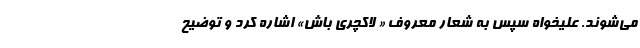
می‌شوند. علیخواه سپس به شعار معروف « لاکچری باش» اشاره کرد و توضیح